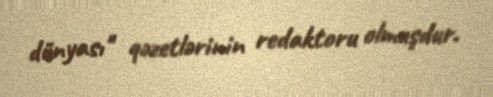
dünyası" qəzetlərinin redaktoru olmuşdur.